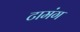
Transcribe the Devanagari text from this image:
टामंग